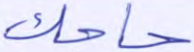
حاجك